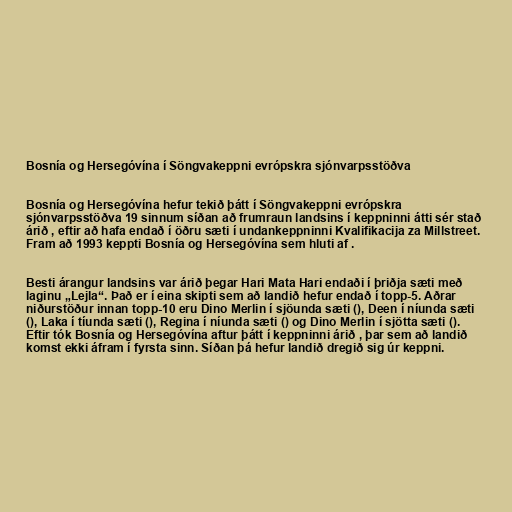
Bosnía og Hersegóvína í Söngvakeppni evrópskra sjónvarpsstöðva

Bosnía og Hersegóvína hefur tekið þátt í Söngvakeppni evrópskra
sjónvarpsstöðva 19 sinnum síðan að frumraun landsins í keppninni átti sér stað
árið , eftir að hafa endað í öðru sæti í undankeppninni Kvalifikacija za Millstreet.
Fram að 1993 keppti Bosnía og Hersegóvína sem hluti af .

Besti árangur landsins var árið þegar Hari Mata Hari endaði í þriðja sæti með
laginu „Lejla“. Það er í eina skipti sem að landið hefur endað í topp-5. Aðrar
niðurstöður innan topp-10 eru Dino Merlin í sjöunda sæti (), Deen í níunda sæti
(), Laka í tíunda sæti (), Regina í níunda sæti () og Dino Merlin í sjötta sæti ().
Eftir tók Bosnía og Hersegóvína aftur þátt í keppninni árið , þar sem að landið
komst ekki áfram í fyrsta sinn. Síðan þá hefur landið dregið sig úr keppni.